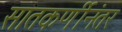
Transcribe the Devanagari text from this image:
सातकर्णीनंतर